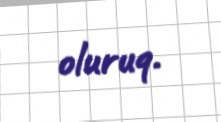
oluruq.